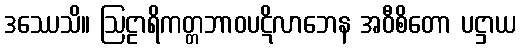
ဒဿေသိ။ ဩဠာရိကတ္တဘာဝပဋိလာဘေန အဝီစိတော ပဋ္ဌာယ